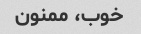
خوب، ممنون